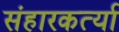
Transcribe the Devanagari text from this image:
संहारकर्त्या